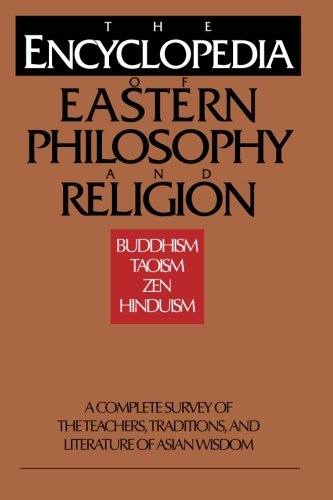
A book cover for Encyclopedia of Eastern Philosophy and Religion; Ingrid Fischer-Schreiber; Politics & Social Sciences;